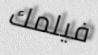
فيلمك